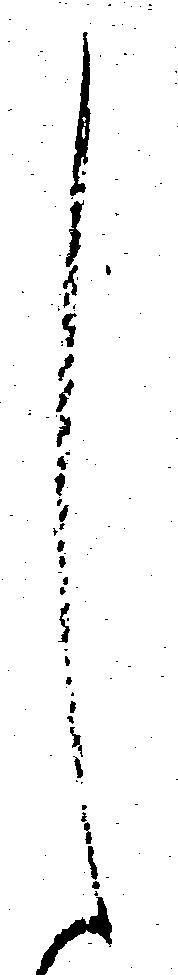
し